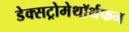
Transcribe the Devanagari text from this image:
डेक्सट्रोमेथॉर्थफन